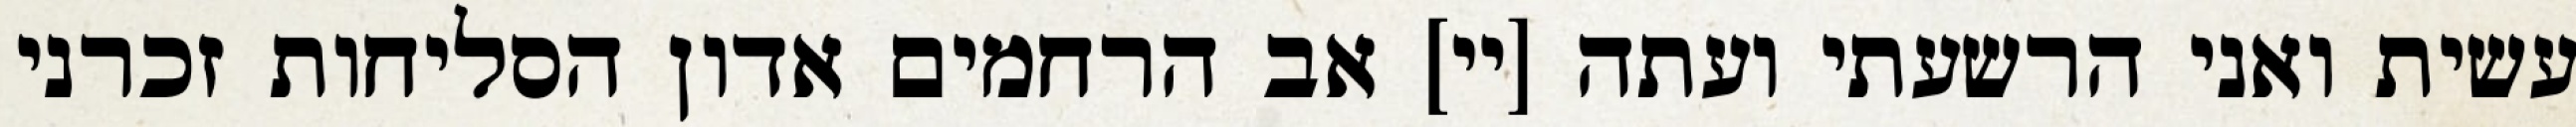
עשית ואני הרשעתי ועתה [יי] אב הרחמים אדון הסליחות זכרני